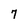
Character: 7